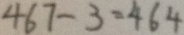
4 6 7 - 3 = 4 6 4